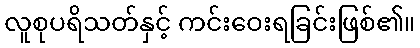
လူစုပရိသတ်နှင့် ကင်းဝေးရခြင်းဖြစ်၏။